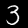
Digit: 3